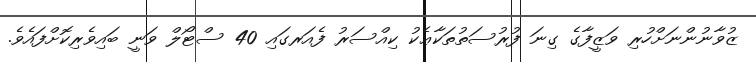
ޒުވާނުންނަށްހުރި ވަޒީފާގެ ގިނަ ފުރުސަތުތަކާޢެކު ކިއްސަރު ފެއަރގައި 40 ސްޓޯލް ވަނީ ބައިވެރިކޮށްފައެވެ.